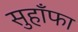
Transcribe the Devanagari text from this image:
सुहाँफा